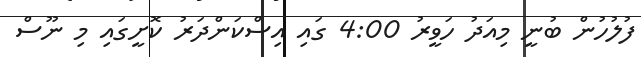
ފުލުހުން ބުނީ މިއަދު ހަވީރު 4:00 ގައި އިސްކަންދަރު ކޮށީގައި މި ނޫސް